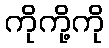
ကိုကို့ကို